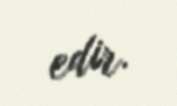
edir.